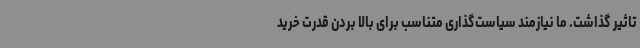
تاثیر گذاشت. ما نیازمند سیاست‌گذاری متناسب برای بالا بردن قدرت خرید